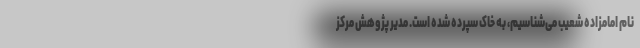
نام امامزاده شعیب می‌شناسیم، به خاک سپرده شده است. مدیر پژوهش مرکز